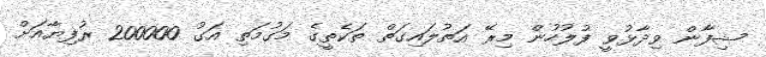
ޝިފާން ވިދާޅުވީ ފުލުހުން މިރޭ އަތުލައިގަތް ތަކެތީގެ މަގުމަތި އަގު 200000 ރުފިޔާއަށް